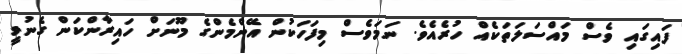
ފައިގައި ވެސް މައްސަލަތަކެއް ހުރެއެވެ. ނަަމަވެސް މިފަހަކުން އޭންމެންގެ މޫނަށް ހައިރާންކަން ގެނުވީ